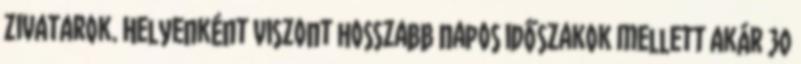
zivatarok. Helyenként viszont hosszabb napos időszakok mellett akár 30